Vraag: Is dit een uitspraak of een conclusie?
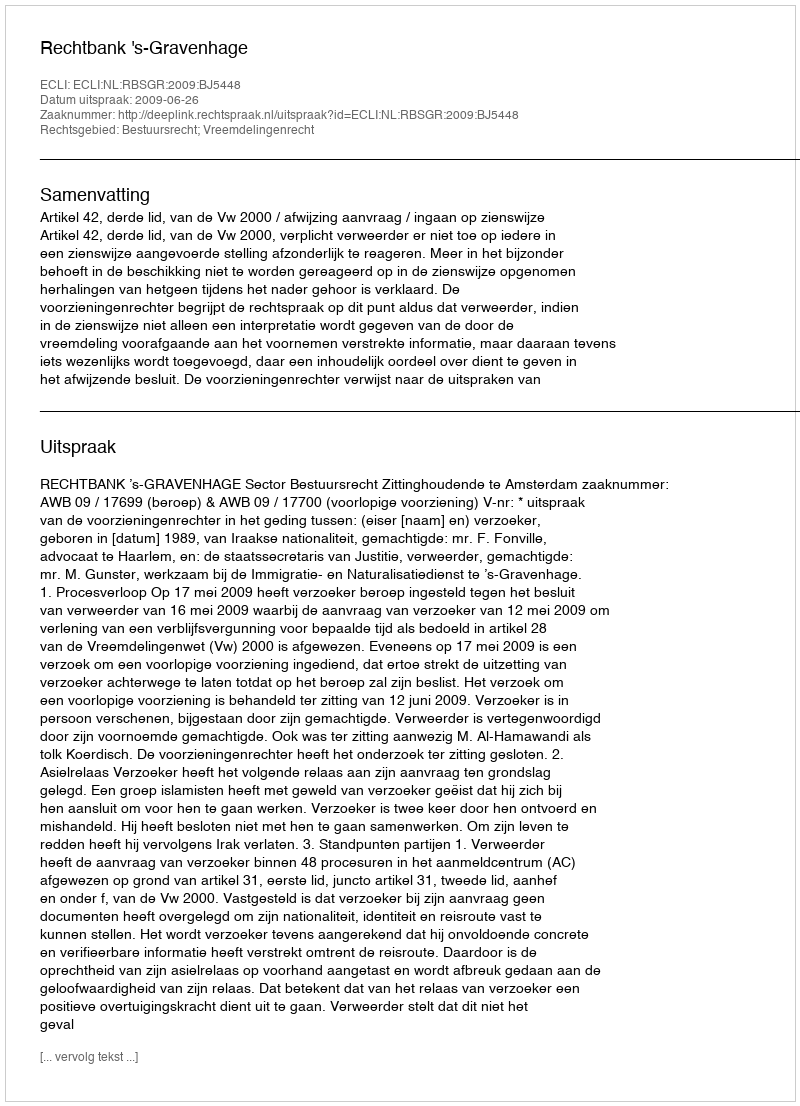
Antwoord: Uitspraak